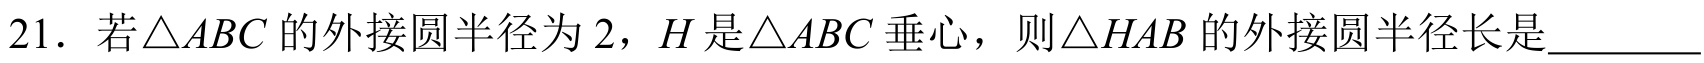
21. 若\(\triangle ABC\)的外接圆半径为\(2\)，\(H\)是\(\triangle ABC\)垂心，则\(\triangle HAB\)的外接圆半径长是_________